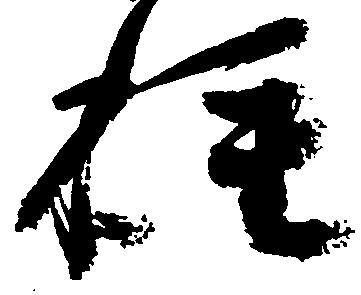
種